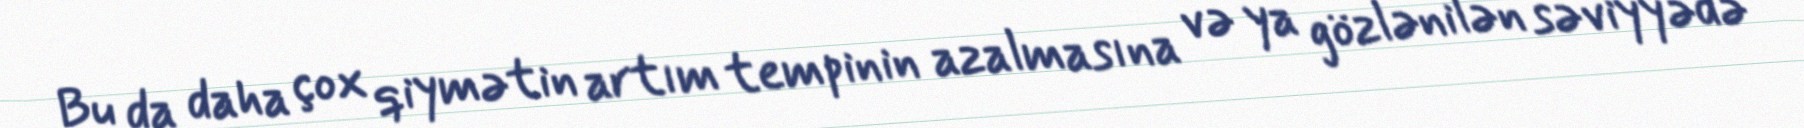
Bu da daha çox qiymətin artım tempinin azalmasına və ya gözlənilən səviyyədə